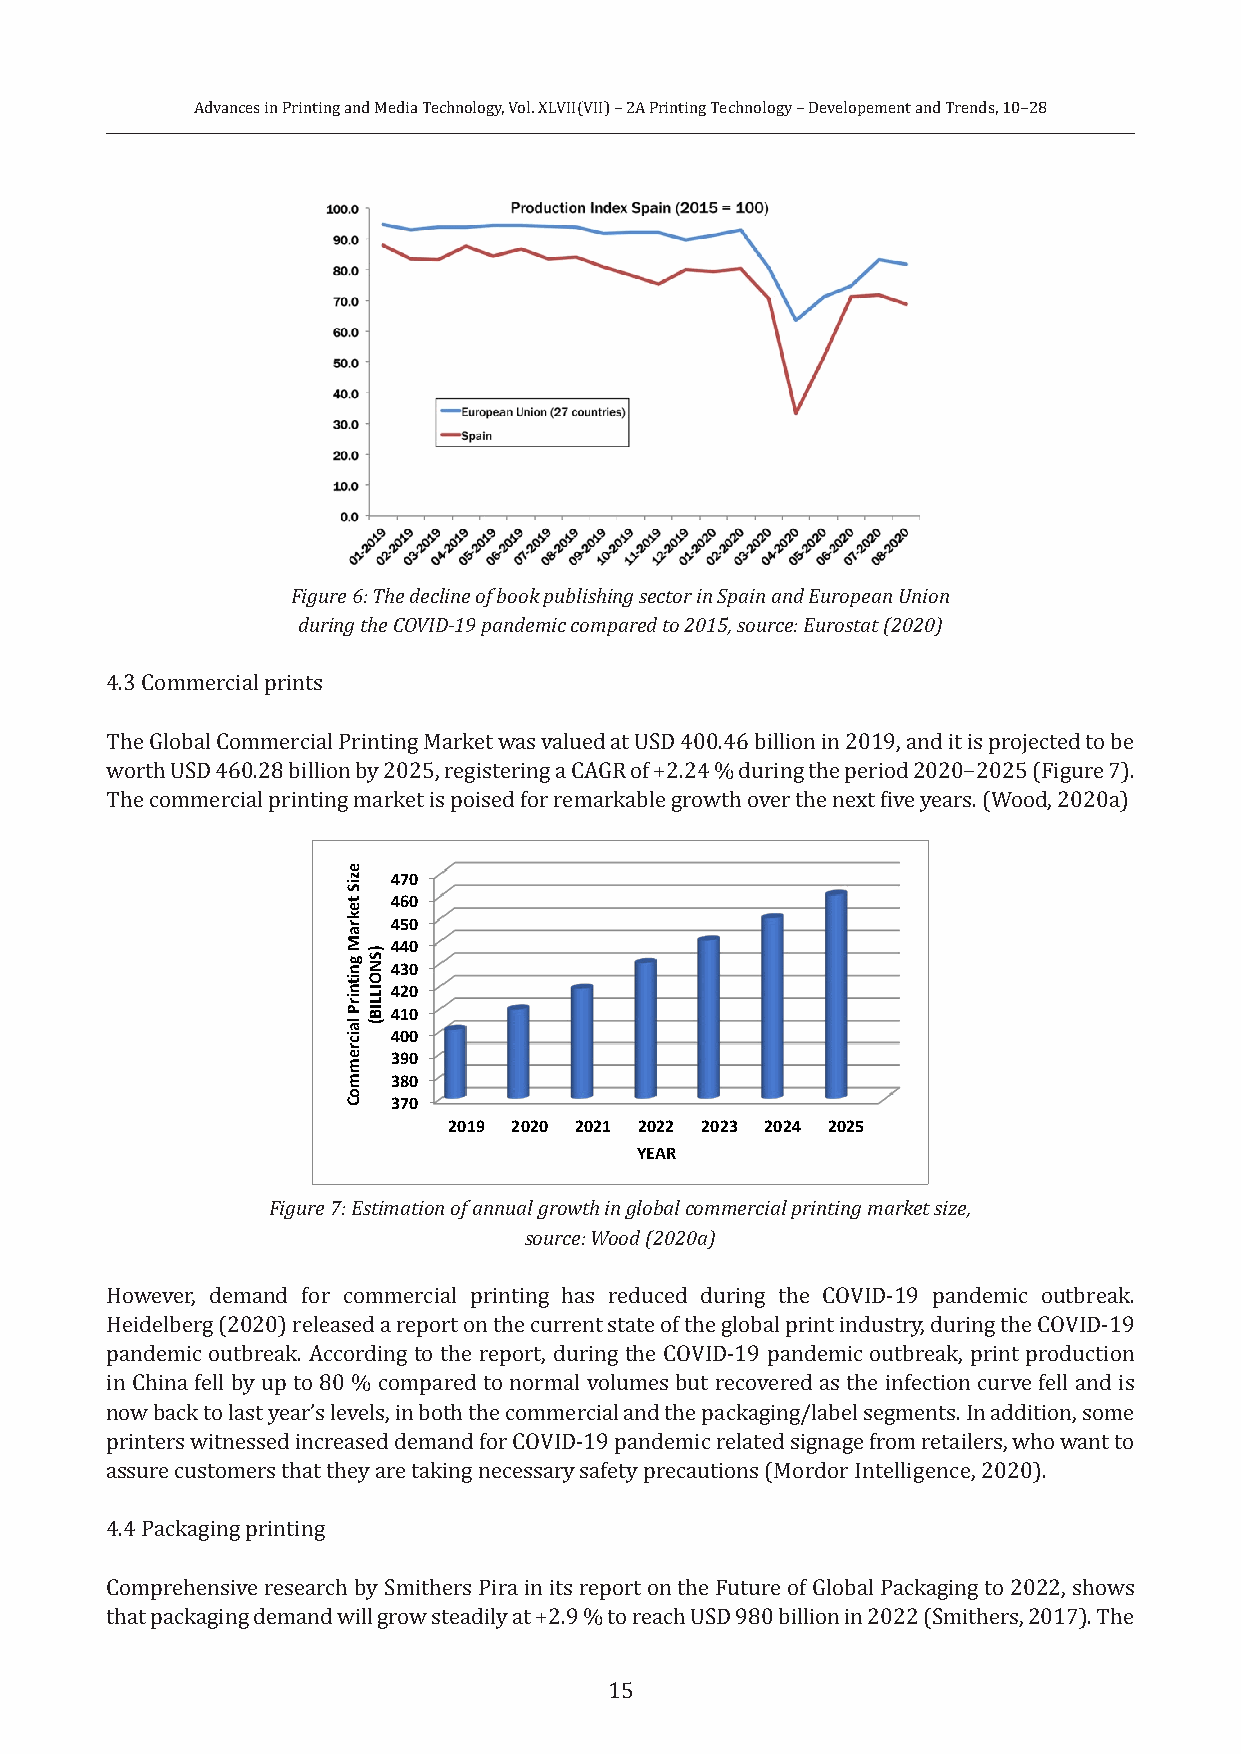
Advances in Printing and Media Technology, Vol. XLVII(VII) – 2A Printing Technology – Developement and Trends, 10–28
 Figure 6: The decline of book publishing sector in Spain and European Union
 during the COVID-19 pandemic compared to 2015, source: Eurostat (2020)
 4.3 Commercial prints
 The Global Commercial Printing Market was valued at USD 400.46 billion in 2019, and it is projected to be
 worth USD 460.28 billion by 2025, registering a CAGR of +2.24 % during the period 2020−2025 (Figure 7).
 The commercial printing market is poised for remarkable growth over the next five years. (Wood, 2020a)
 470
 460
 450
 440
 430
 420
 410
 400
 390
 380
 370
 2019 2020 2021 2022 2023 2024 2025
 YEAR
 Fig ure 7: Estimation of annual growth in global commercial printing market size,
 source: Wood (2020a)
 However, demand for commercial printing has reduced during the COVID-19 pandemic outbreak.
 Heidelberg (2020) released a report on the current state of the global print industry, during the COVID-19
 pandemic outbreak. According to the report, during the COVID-19 pandemic outbreak, print production
 in China fell by up to 80 % compared to normal volumes but recovered as the infection curve fell and is
 now back to last year’s levels, in both the commercial and the packaging/label segments. In addition, some
 printers witnessed increased demand for COVID-19 pandemic related signage from retailers, who want to
 assure customers that they are taking necessary safety precautions (Mordor Intelligence, 2020).
 4.4 Packaging printing
 Comprehensive research by Smithers Pira in its report on the Future of Global Packaging to 2022, shows
 that packaging demand will grow steadily at +2.9 % to reach USD 980 billion in 2022 (Smithers, 2017). The
 15
 eziS
 tekraM
 gnitnirP
 laicremmoC
 )SNOILLIB(